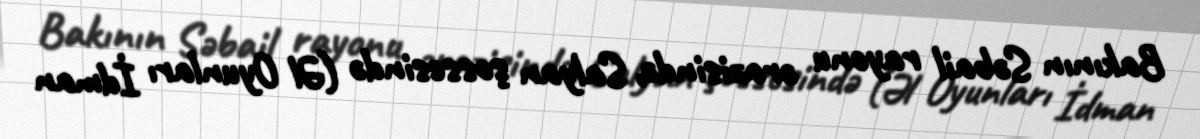
Bakının Səbail rayonu ərazisində, Salyan şossesində (Əl Oyunları İdman